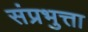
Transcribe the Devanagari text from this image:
संप्रभुत्ता